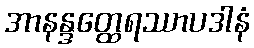
အာနန္ဒတ္ထေရဿာပဒါနံ